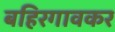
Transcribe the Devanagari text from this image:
बहिरगावकर